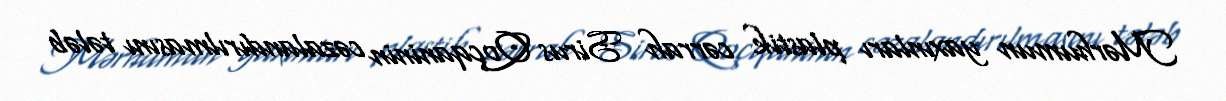
Mərhumun yaxınları plastik cərrah Sirus Qoçqaninin cəzalandırılmasını tələb